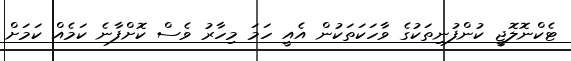
ޓެކްނޮލޮޖީ ކުންފުނިތަކުގެ ވާހަކަތަކުން އެއީ ހަމަ މިހާރު ވެސް ކޮށްފާނެ ކަމެއް ކަމަށް